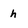
Character: h